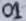
Text: 01